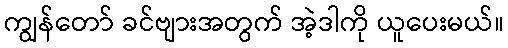
ကျွန်တော် ခင်ဗျားအတွက် အဲ့ဒါကို ယူပေးမယ်။